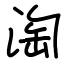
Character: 淘